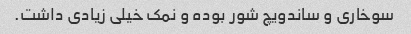
سوخاری و ساندویچ شور بوده و نمک خیلی زیادی داشت.